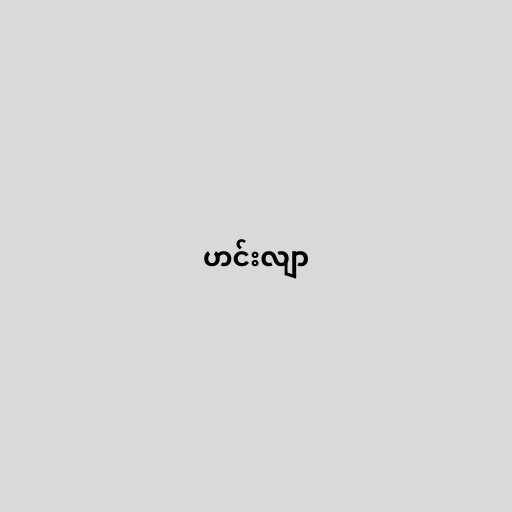
ဟင်းလျာ